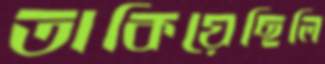
তাকিয়েছিলি